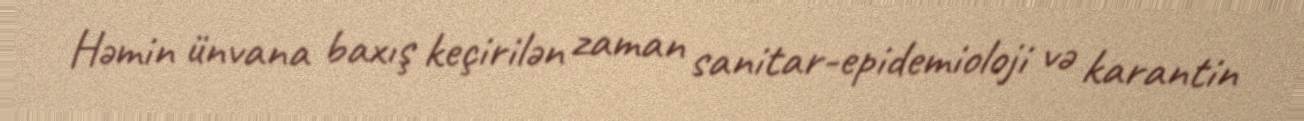
Həmin ünvana baxış keçirilən zaman sanitar-epidemioloji və karantin